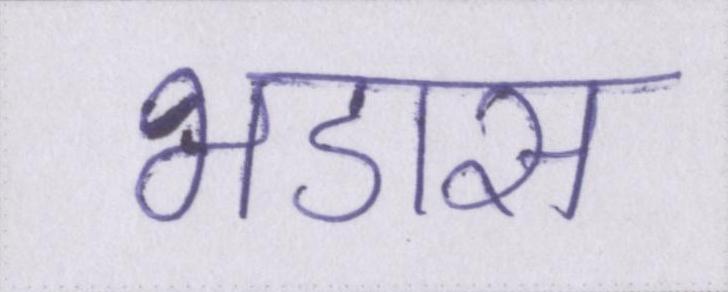
भडास